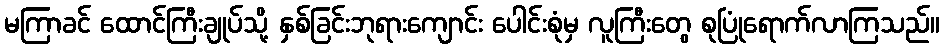
မကြာခင် ထောင်ကြီးချုပ်သို့ နှစ်ခြင်းဘုရားကျောင်း ပေါင်းစုံမှ လူကြီးတွေ စုပြုံရောက်လာကြသည်။